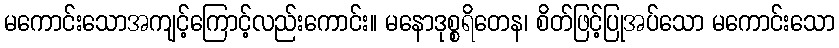
မကောင်းသောအကျင့်ကြောင့်လည်းကောင်း။ မနောဒုစ္စရိတေန၊ စိတ်ဖြင့်ပြုအပ်သော မကောင်းသော